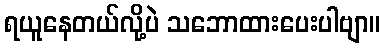
ရယူနေတယ်လို့ပဲ သဘောထားပေးပါဗျာ။